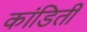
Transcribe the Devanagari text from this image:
कांडिती